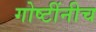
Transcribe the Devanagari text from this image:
गोष्टींनीच